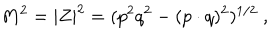
M ^ { 2 } = | Z | ^ { 2 } = ( p ^ { 2 } q ^ { 2 } - ( p \cdot q ) ^ { 2 } ) ^ { 1 / 2 } \ ,